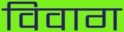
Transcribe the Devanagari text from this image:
विवाग